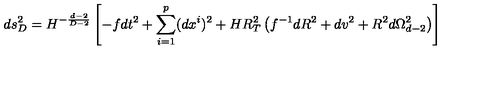
d s _ { D } ^ { 2 } = H ^ { - \frac { d - 2 } { D - 2 } } \left[ - f d t ^ { 2 } + \sum _ { i = 1 } ^ { p } ( d x ^ { i } ) ^ { 2 } + H R _ { T } ^ { 2 } \left( f ^ { - 1 } d R ^ { 2 } + d v ^ { 2 } + R ^ { 2 } d \Omega _ { d - 2 } ^ { 2 } \right) \right]